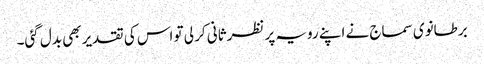
برطانوی سماج نے اپنے رویہ پر نظرثانی کر لی تو اس کی تقدیر بھی بدل گئی۔